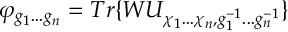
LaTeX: \varphi _ { g _ { 1 } . . . g _ { n } } = T r \{ W U _ { \chi _ { 1 } . . . \chi _ { n } , g _ { 1 } ^ { - 1 } . . . g _ { n } ^ { - 1 } } \}